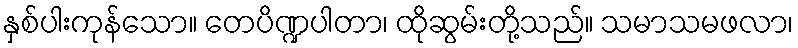
နှစ်ပါးကုန်သော။ တေပိဏ္ဍပါတာ၊ ထိုဆွမ်းတို့သည်။ သမာသမဖလာ၊